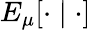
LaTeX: E_{\mu}[\cdot\mid\cdot]